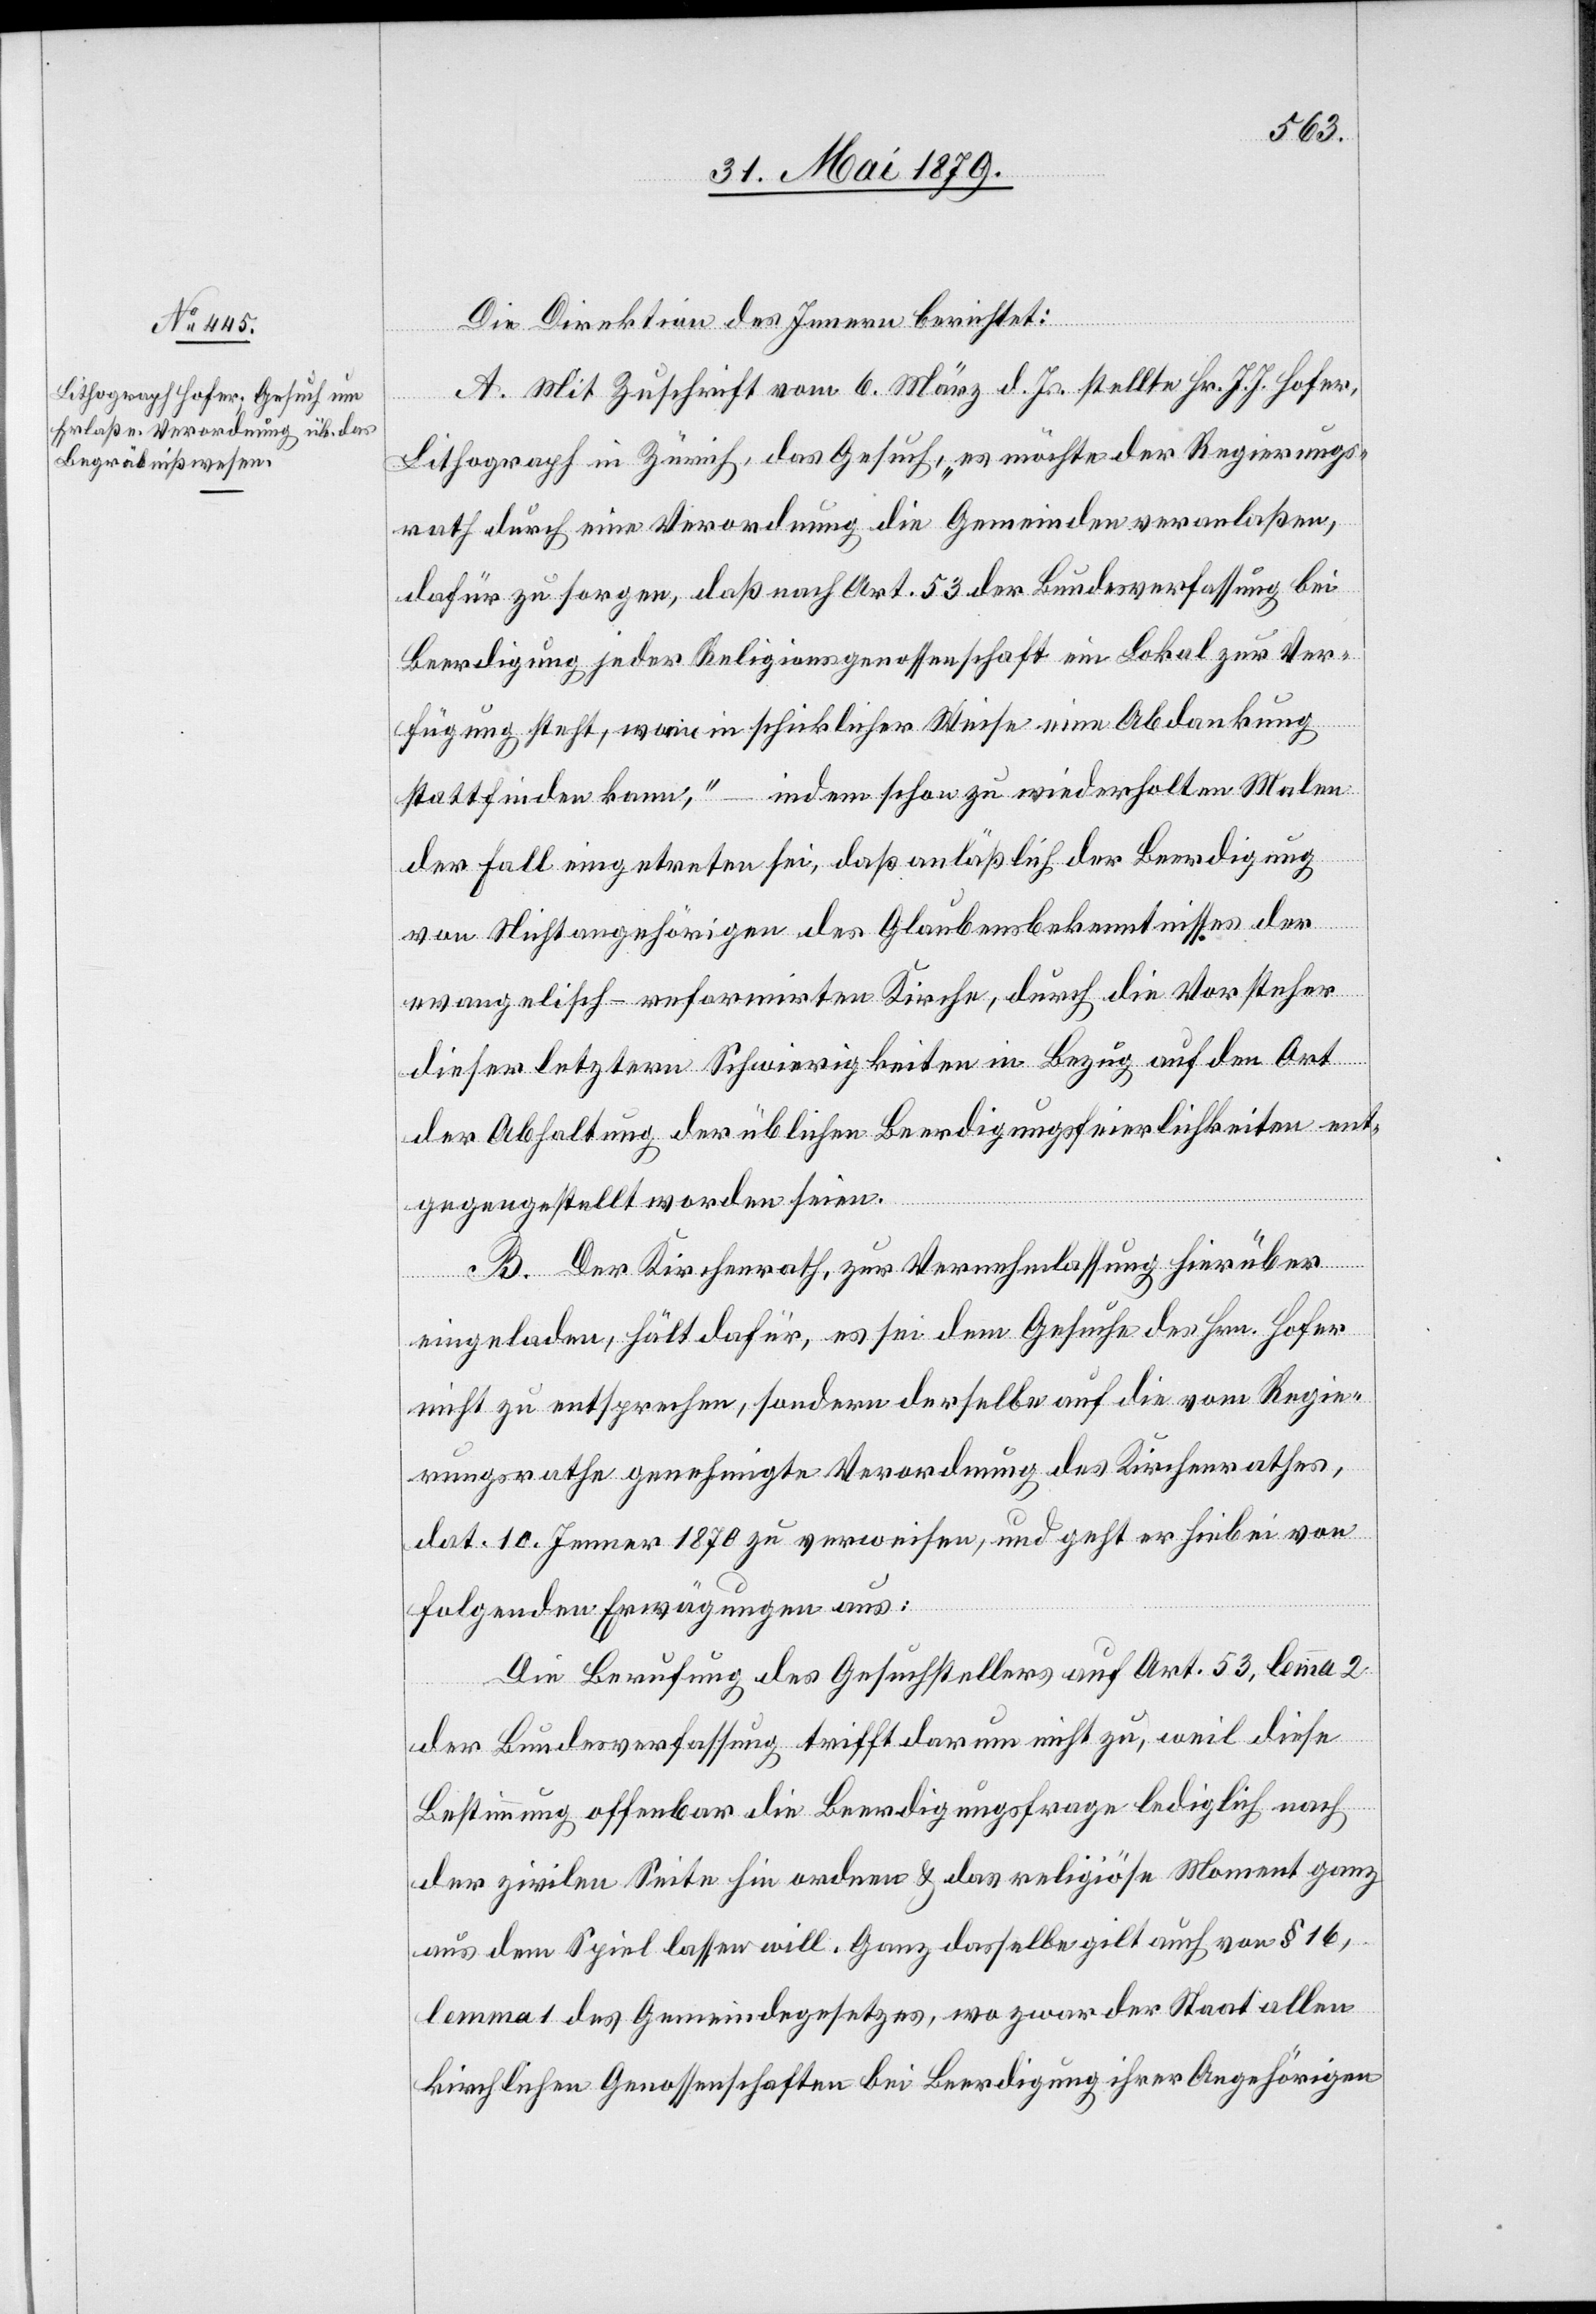
Die Direktion des Innern berichtet:
A. Mit Zuschrift vom 6. März d. Js. stellte Hr. J. J. Hofer,
Lithograph in Zürich, das Gesuch, „es möchte der Regierungs¬
rath durch eine Verordnung die Gemeinden veranlaßen,
dafür zu sorgen, daß nach Art. 53 der Bundesverfassung bei
Beerdigung jeder Religionsgenossenschaft ein Lokal zur Ver¬
fügung steht, worin in schicklicher Weise eine Abdankung
stattfinden kann“, – indem schon zu wiederholten Malen
der Fall eingetreten sei, daß anläßlich der Beerdigung
von Nichtangehörigen des Glaubensbekenntnisses der
evangelisch-reformirten Kirche, durch die Vorsteher
dieser letztern Schwierigkeiten in Bezug auf den Ort
der Abhaltung der üblichen Beerdigungsfeierlichkeiten ent¬
gegengestellt worden seien.
B. Der Kirchenrath, zur Vernehmlassung hierüber
eingeladen, hält dafür, es sei dem Gesuche des Hrn. Hofer
nicht zu entsprechen, sondern derselbe auf die vom Regie¬
rungsrathe genehmigte Verordnung des Kirchenrathes,
dat. 10. Jenner 1870 zu verweisen, und geht er hiebei von
folgenden Erwägungen aus:
Die Berufung des Gesuchstellers auf Art. 53, lemma 2
der Bundesverfassung trifft darum nicht zu, weil diese
Bestimmung offenbar die Beerdigungsfrage lediglich nach
der zivilen Seite hin ordnen & das religiöse Moment ganz
aus dem Spiel lassen will. Ganz dasselbe gilt auch von § 16,
lemma 1 des Gemeindegesetzes, wo zwar der Staat allen
kirchlichen Genossenschaften bei Beerdigung ihrer Angehörigen